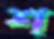
শ